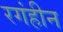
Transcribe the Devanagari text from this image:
रगंहीन